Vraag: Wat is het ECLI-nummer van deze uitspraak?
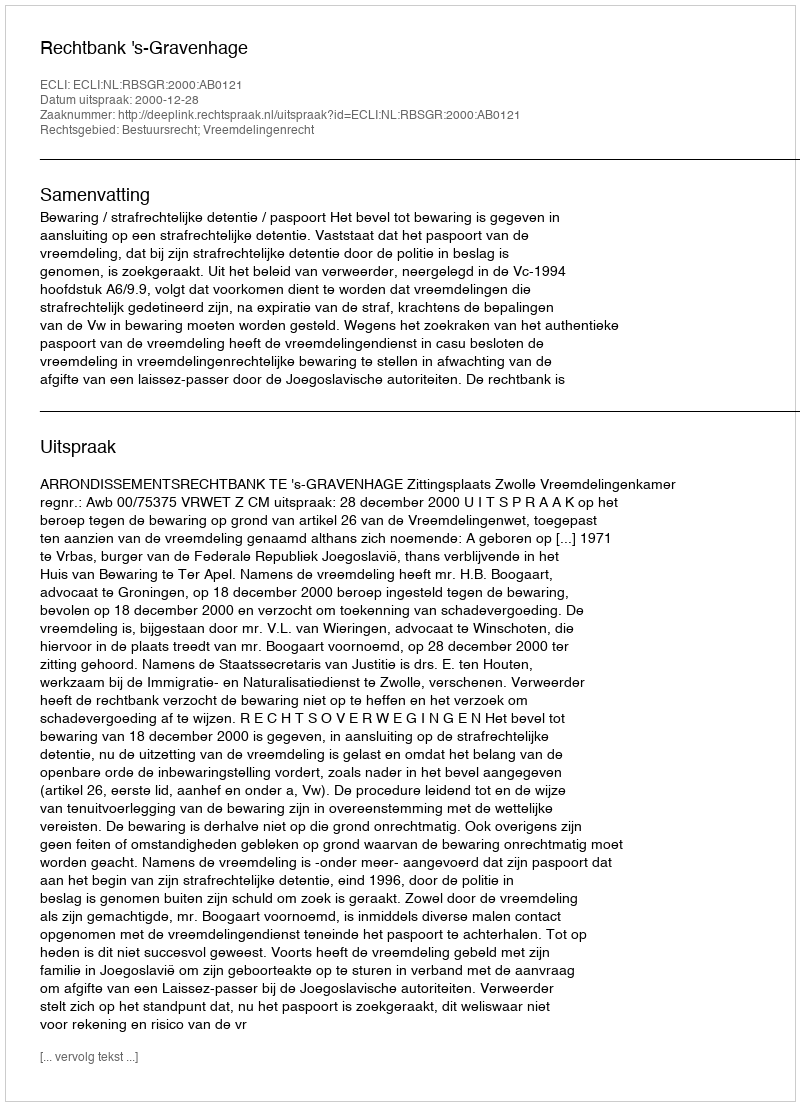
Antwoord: ECLI:NL:RBSGR:2000:AB0121